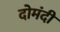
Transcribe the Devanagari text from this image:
दोमंदी